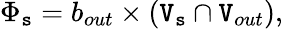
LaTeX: \Phi_{\mathtt{s}}=b_{out}\times(\mathtt{V}_{\mathtt{s}}\cap\mathtt{V}_{out}),